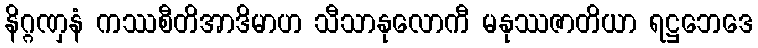
နိဂ္ဂဏှနံ ကဿစီတိအာဒိမာဟ သီသာနုလောကီ မနုဿဇာတိယာ ရဋ္ဌဘေဒေ